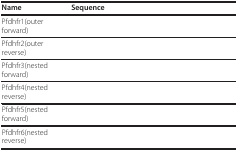
<table><thead><tr><td><b>Name</b></td><td><b>Sequence</b></td></tr></thead><tbody><tr><td>Pfdhfr1(outer forward)</td><td>[EMPTY_CELL]</td></tr><tr><td>Pfdhfr2(outer reverse)</td><td>[EMPTY_CELL]</td></tr><tr><td>Pfdhfr3(nested forward)</td><td>[EMPTY_CELL]</td></tr><tr><td>Pfdhfr4(nested reverse)</td><td>[EMPTY_CELL]</td></tr><tr><td>Pfdhfr5(nested forward)</td><td>[EMPTY_CELL]</td></tr><tr><td>Pfdhfr6(nested reverse)</td><td>[EMPTY_CELL]</td></tr></tbody></table>